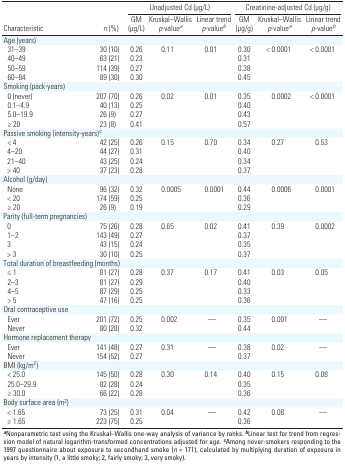
<table><thead><tr><td rowspan="2"><b>Characteristic</b></td><td rowspan="2"><b><i>n </i>(%)</b></td><td colspan="3"><b>Unadjusted Cd (μg/L)</b></td><td colspan="3"><b>Creatinine-adjusted Cd (μg/g)</b></td></tr><tr><td><b>GM (μg/L)</b></td><td><b>Kruskal–Wallis <i>p</i>-value<sup><i>a</i></sup></b></td><td><b>Linear trend <i>p</i>-value<sup><i>b</i></sup></b></td><td><b>GM (μg/g)</b></td><td><b>Kruskal–Wallis <i>p</i>-value<sup><i>a</i></sup></b></td><td><b>Linear trend <i>p</i>-value<sup><i>b</i></sup></b></td></tr></thead><tbody><tr><td><b>Age (years)</b></td></tr><tr><td><b>31–39</b></td><td>30 (10)</td><td>0.26</td><td>0.11</td><td>0.01</td><td>0.30</td><td>&lt;0.0001</td><td>&lt;0.0001</td></tr><tr><td><b>40–49</b></td><td>63 (21)</td><td>0.23</td><td></td><td></td><td>0.31</td><td></td><td></td></tr><tr><td><b>50–59</b></td><td>114 (39)</td><td>0.27</td><td></td><td></td><td>0.38</td><td></td><td></td></tr><tr><td><b>60–84</b></td><td>89 (30)</td><td>0.30</td><td></td><td></td><td>0.45</td><td></td><td></td></tr><tr><td><b>Smoking (pack-years)</b></td></tr><tr><td><b>0 (never)</b></td><td>207 (70)</td><td>0.26</td><td>0.02</td><td>0.01</td><td>0.35</td><td>0.0002</td><td>&lt;0.0001</td></tr><tr><td><b>0.1–4.9</b></td><td>40 (13)</td><td>0.25</td><td></td><td></td><td>0.40</td><td></td><td></td></tr><tr><td><b>5.0–19.9</b></td><td>26 (9)</td><td>0.27</td><td></td><td></td><td>0.43</td><td></td><td></td></tr><tr><td><b>≥ 20</b></td><td>23 (8)</td><td>0.41</td><td></td><td></td><td>0.57</td><td></td><td></td></tr><tr><td><b>Passive smoking (intensity-years)<sup><i>c </i></sup></b></td></tr><tr><td><b>&lt;4</b></td><td>42 (25)</td><td>0.26</td><td>0.15</td><td>0.70</td><td>0.34</td><td>0.27</td><td>0.53</td></tr><tr><td><b>4–20</b></td><td>44 (27)</td><td>0.31</td><td></td><td></td><td>0.40</td><td></td><td></td></tr><tr><td><b>21–40</b></td><td>43 (25)</td><td>0.24</td><td></td><td></td><td>0.34</td><td></td><td></td></tr><tr><td><b>&gt;40</b></td><td>37 (23)</td><td>0.28</td><td></td><td></td><td>0.37</td><td></td><td></td></tr><tr><td><b>Alcohol (g/day)</b></td></tr><tr><td><b>None</b></td><td>96 (32)</td><td>0.32</td><td>0.0005</td><td>0.0001</td><td>0.44</td><td>0.0006</td><td>0.0001</td></tr><tr><td><b>&lt;20</b></td><td>174 (59)</td><td>0.25</td><td></td><td></td><td>0.36</td><td></td><td></td></tr><tr><td><b>≥ 20</b></td><td>26 (9)</td><td>0.19</td><td></td><td></td><td>0.29</td><td></td><td></td></tr><tr><td><b>Parity (full-term pregnancies)</b></td></tr><tr><td><b>0</b></td><td>75 (26)</td><td>0.28</td><td>0.65</td><td>0.02</td><td>0.41</td><td>0.39</td><td>0.0002</td></tr><tr><td><b>1–2</b></td><td>143 (49)</td><td>0.27</td><td></td><td></td><td>0.37</td><td></td><td></td></tr><tr><td><b>3</b></td><td>43 (15)</td><td>0.24</td><td></td><td></td><td>0.35</td><td></td><td></td></tr><tr><td><b>&gt;3</b></td><td>30 (10)</td><td>0.25</td><td></td><td></td><td>0.37</td><td></td><td></td></tr><tr><td><b>Total duration of breastfeeding (months) </b></td></tr><tr><td><b>≤ 1</b></td><td>81 (27)</td><td>0.28</td><td>0.37</td><td>0.17</td><td>0.41</td><td>0.03</td><td>0.05</td></tr><tr><td><b>2–3</b></td><td>81 (27)</td><td>0.29</td><td></td><td></td><td>0.40</td><td></td><td></td></tr><tr><td><b>4–5</b></td><td>87 (29)</td><td>0.25</td><td></td><td></td><td>0.33</td><td></td><td></td></tr><tr><td><b>&gt;5</b></td><td>47 (16)</td><td>0.25</td><td></td><td></td><td>0.36</td><td></td><td></td></tr><tr><td><b>Oral contraceptive use</b></td></tr><tr><td><b>Ever</b></td><td>201 (72)</td><td>0.25</td><td>0.002</td><td>—</td><td>0.35</td><td>0.001</td><td>—</td></tr><tr><td><b>Never</b></td><td>80 (28)</td><td>0.32</td><td></td><td></td><td>0.44</td><td></td><td></td></tr><tr><td><b>Hormone replacement therapy </b></td></tr><tr><td><b>Ever</b></td><td>141 (48)</td><td>0.27</td><td>0.31</td><td>—</td><td>0.38</td><td>0.02</td><td>—</td></tr><tr><td><b>Never</b></td><td>154 (52)</td><td>0.27</td><td></td><td></td><td>0.37</td><td></td><td></td></tr><tr><td><b>BMI (kg/m<sup>2</sup>)</b></td></tr><tr><td><b>&lt;25.0</b></td><td>145 (50)</td><td>0.28</td><td>0.30</td><td>0.14</td><td>0.40</td><td>0.15</td><td>0.08</td></tr><tr><td><b>25.0–29.9</b></td><td>82 (28)</td><td>0.24</td><td></td><td></td><td>0.35</td><td></td><td></td></tr><tr><td><b>≥ 30.0</b></td><td>66 (22)</td><td>0.28</td><td></td><td></td><td>0.36</td><td></td><td></td></tr><tr><td><b>Body surface area (m<sup>2</sup>)</b></td></tr><tr><td><b>&lt;1.65</b></td><td>73 (25)</td><td>0.31</td><td>0.04</td><td>—</td><td>0.42</td><td>0.08</td><td>—</td></tr><tr><td><b>≥ 1.65</b></td><td>223 (75)</td><td>0.25</td><td></td><td></td><td>0.36</td><td></td><td></td></tr><tr><td colspan="8"><sup><i><b>a</b></i></sup>Non­parametric test using the Kruskal–Wallis one-way analysis of variance by ranks.<sup><i><b>b</b></i></sup>Linear test for trend from regression model of natural logarithm-transformed concentrations adjusted for age.<sup><i><b>c</b></i></sup>Among never-smokers responding to the 1997 questionnaire about exposure to secondhand smoke (<i>n</i>=171), calculated by multiplying duration of exposure in years by intensity (1,a little smoky; 2,fairly smoky; 3,very smoky).</td></tr></tbody></table>